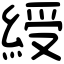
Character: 綬